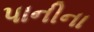
પાનીના